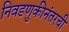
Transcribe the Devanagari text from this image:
निवडणुकीनंतरची